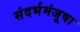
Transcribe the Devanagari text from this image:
संदर्भमंजूषा